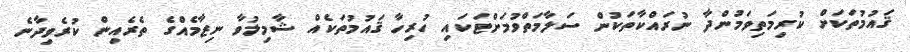
ޤައުމުތަކަށް ކުރިމަތިވަމުންދާ ނުރައްކާތަކުން ސަލާމަތްވުމަށްޓަކައި ހުރިހާ ޤައުމުތަކެއް ޝާމިލުވާ ނިޒާމެއްގެ ތެރެއިން ކުރެވިދާނެ